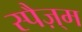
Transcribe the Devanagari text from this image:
स्पैज़्म